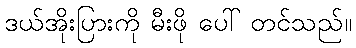
ဒယ်အိုးပြားကို မီးဖို ပေါ် တင်သည်။